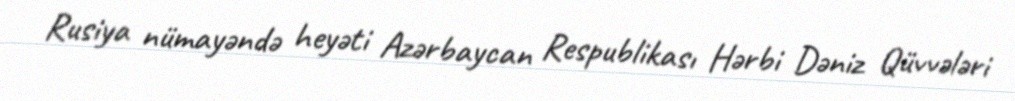
Rusiya nümayəndə heyəti Azərbaycan Respublikası Hərbi Dəniz Qüvvələri